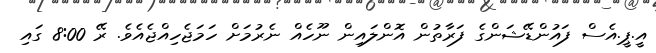
އީ.ޕީ.އެސް ފައުންޑޭޝަންގެ ފަރާތުން އޮންލައިން ނޫހެއް ނެރުމަށް ހަމަޖެހިއްޖެއެވެ. ރޭ 8:00 ގައި